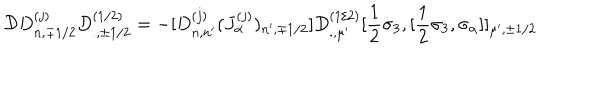
{ \cal D } D _ { n , \mp 1 / 2 } ^ { ( j ) } D _ { . , \pm 1 / 2 } ^ { ( 1 / 2 ) } = - [ D _ { n , n ^ { \prime } } ^ { ( j ) } ( J _ { \alpha } ^ { ( j ) } ) _ { n ^ { \prime } , \mp 1 / 2 } ] D _ { . , \mu ^ { \prime } } ^ { ( 1 / 2 ) } [ \frac { 1 } { 2 } \sigma _ { 3 } , [ \frac { 1 } { 2 } \sigma _ { 3 } , \sigma _ { \alpha } ] ] _ { \mu ^ { \prime } , \pm 1 / 2 }